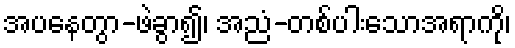
အပနေတွာ-ဖဲခွာ၍၊ အညံ-တစ်ပါးသောအရာကို၊